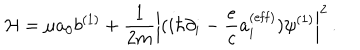
LaTeX: { \cal H } = \mu a _ { 0 } b ^ { ( 1 ) } + { \frac { 1 } { 2 m } } \left| ( i \hbar \partial _ { i } - { \frac { e } { c } } a _ { i } ^ { ( \mathrm { e f f } ) } ) \psi ^ { ( 1 ) } \right| ^ { 2 } \, .